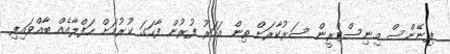
ފިނޭންސް މިނިސްޓްރީން ސަރުކާރަށް ތިން އަހަރު ފުރުން ފާހަގަ ކުރުމަށް ހަފްލާއެއް ބާއްވައިފި